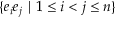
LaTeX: \{ e _ { i } e _ { j } \mid 1 \leq i < j \leq n \}